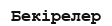
Бекірелер